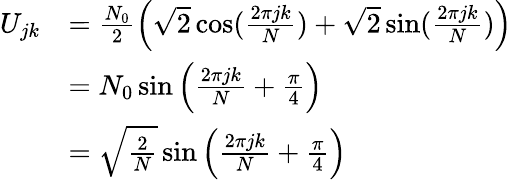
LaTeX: \begin{array}{rl}{U_{jk}}&{=\frac{N_{0}}{2}\left(\sqrt{2}\cos(\frac{2\pi jk}{N})+\sqrt{2}\sin(\frac{2\pi jk}{N})\right)}\\ &{=N_{0}\sin\left(\frac{2\pi jk}{N}+\frac{\pi}{4}\right)}\\ &{=\sqrt{\frac{2}{N}}\sin\left(\frac{2\pi jk}{N}+\frac{\pi}{4}\right)}\end{array}